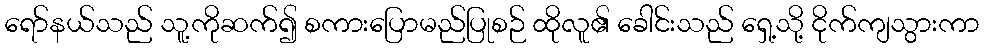
ရော်နယ်သည် သူ့ကိုဆက်၍ စကားပြောမည်ပြုစဉ် ထိုလူ၏ ခေါင်းသည် ရှေ့သို့ ငိုက်ကျသွားကာ